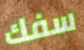
سفك